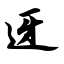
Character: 迓